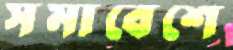
সমাবেশে